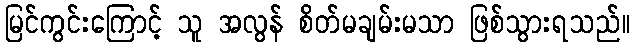
မြင်ကွင်းကြောင့် သူ အလွန် စိတ်မချမ်းမသာ ဖြစ်သွားရသည်။